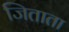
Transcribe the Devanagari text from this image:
जिताता